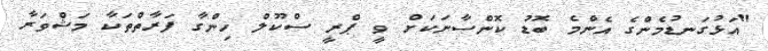
"އަޅުގަނޑުމެންގެ އެންމެ ބޮޑު ކޮންސާނަކަށް ވީ ޕްރީ ސްކޫލް ހިންގާ ފަރާތްތަކާ މަޝްވަރާ